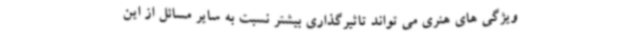
ویژگی های هنری می تواند تاثیرگذاری بیشتر نسبت به سایر مسائل از این